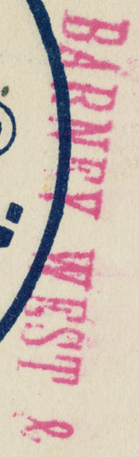
BARNEY WEST &